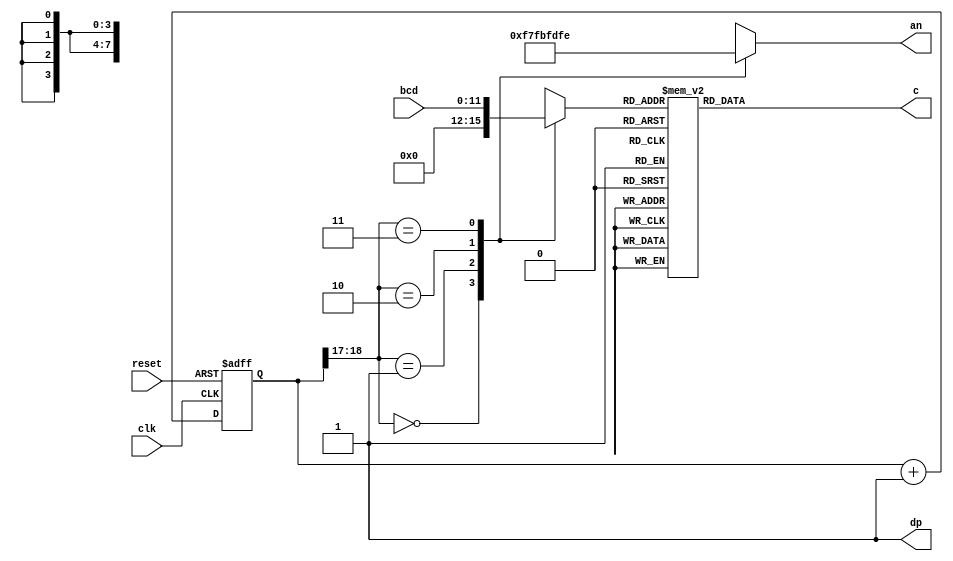
`timescale 1ns / 1ps
//////////////////////////////////////////////////////////////////////////////////
// Company: 
// Engineer: 
// 
// Design Name: 
// Module Name: seven_seg
// Project Name: 
// Target Devices: 
// Tool Versions: 
// Description: 
// 
// Dependencies: 
// 
// Revision:
// Revision 0.01 - File Created
// Additional Comments:
// 
//////////////////////////////////////////////////////////////////////////////////


module seven_seg(
    input clk,
    input [11:0] bcd,
    input reset,
    output [7:0] an,
    output [6:0] c,
    output dp
    );
    
    reg [19:0] counter;
    wire [1:0] led_activate;
    reg [7:0] anode_activate;
    reg [3:0] value_to_display;
    reg [6:0] cathodes;
    
    assign c = cathodes;
    assign an = anode_activate;
    assign dp = 1'b1;
    
    //assign led_activate = counter[6:5];
    assign led_activate = counter[19:17];
    
    always @(posedge clk or posedge reset) begin
        if(reset) begin
            counter <= 20'b0;
        end
        else begin
            counter <= counter + 1;
        end
    end
    
    always @(*) begin
        case(led_activate)
            3'b000: begin
                anode_activate = 8'b11110111;
                value_to_display = 4'b0000;
            end
            3'b001: begin
                anode_activate = 8'b11111011;
                value_to_display = bcd[11:8];
            end
            3'b010: begin
                anode_activate = 8'b11111101;
                value_to_display = bcd[7:4];
            end
            3'b011: begin
                anode_activate = 8'b11111110;
                value_to_display = bcd[3:0];
            end
            3'b100: begin
                anode_activate = 8'b11101111;
                value_to_display = 4'b0000;
            end
            3'b101: begin
                anode_activate = 8'b11011111;
                value_to_display = 4'b0000;
            end
            3'b110: begin
                anode_activate = 8'b10111111;
                value_to_display = 4'b0000;
            end
            3'b111: begin
                anode_activate = 8'b01111111;
                value_to_display = 4'b0000;
            end
            
        endcase
    end
    
    always @(*) begin
        case(value_to_display) 
            4'b0000: begin
                cathodes = 7'b1000000;
            end
            4'b0001: begin
                cathodes = 7'b1111001;
            end
            4'b0010: begin
                cathodes = 7'b0100100;
            end
            4'b0011: begin
                cathodes = 7'b0110000;
            end
            4'b0100: begin
                cathodes = 7'b0011001;
            end
            4'b0101: begin
                cathodes = 7'b0010010;
            end
            4'b0110: begin
                cathodes = 7'b0000010;
            end
            4'b0111: begin
                cathodes = 7'b1111000;
            end
            4'b1000: begin
                cathodes = 7'b0000000;
            end
            4'b1001: begin
                cathodes = 7'b0010000;
            end
            default: begin
                cathodes = 7'b1000000;
            end
        endcase
    end
    
    
    
endmodule